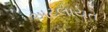
અટલાયત